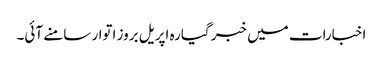
اخبارات میں خبر گیارہ اپریل بروز اتوار سامنے آئی۔